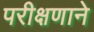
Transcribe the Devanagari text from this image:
परीक्षणाने